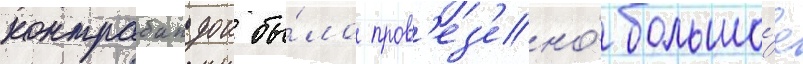
контрабандои бы́ло пров'ез'ено́ большо́е